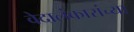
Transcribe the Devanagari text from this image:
वेदालंकारांच्या